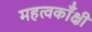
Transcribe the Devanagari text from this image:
महत्वकाँक्षी